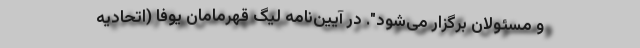
و مسئولان برگزار می‌شود". در آیین‌نامه لیگ قهرمامان یوفا (اتحادیه